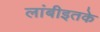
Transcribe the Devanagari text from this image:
लांबीइतके